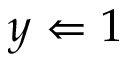
y \Leftarrow 1